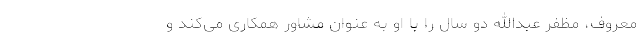
معروف، مظفر عبدالله دو سال را با او به عنوان مشاور همکاری می‌کند و